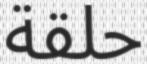
حلقة